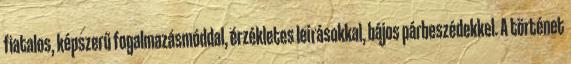
fiatalos, képszerű fogalmazásmóddal, érzékletes leírásokkal, bájos párbeszédekkel. A történet